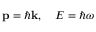
\mathbf { p } = \hbar \mathbf { k } , \quad E = \hbar \omega